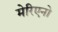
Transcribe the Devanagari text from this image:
मेरिएनो